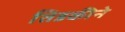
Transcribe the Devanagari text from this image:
तिडकीने